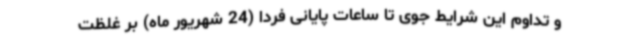
و تداوم این شرایط جوی تا ساعات پایانی فردا (24 شهریور ماه) بر غلظت